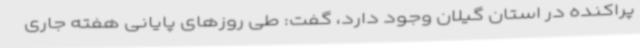
پراکنده در استان گیلان وجود دارد، گفت: طی روزهای پایانی هفته جاری